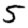
Digit: 5